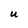
Character: U